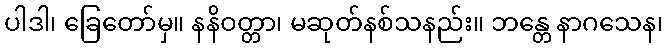
ပါဒါ၊ ခြေတော်မှ။ နနိဝတ္တာ၊ မဆုတ်နစ်သနည်း။ ဘန္တေ နာဂသေန၊